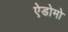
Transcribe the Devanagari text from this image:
ऐडोमो